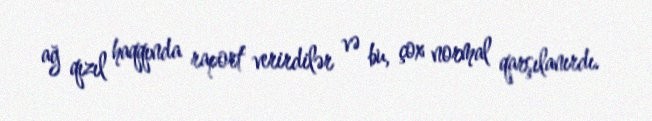
ağ qızıl haqqında raport verirdilər və bu, çox normal qarşılanırdı.